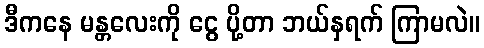
ဒီကနေ မန္တလေးကို ငွေ ပို့တာ ဘယ်နှရက် ကြာမလဲ။